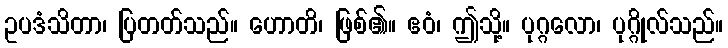
ဥပဒံသိတာ၊ ပြတတ်သည်။ ဟောတိ၊ ဖြစ်၏။ ဧဝံ၊ ဤသို့။ ပုဂ္ဂလော၊ ပုဂ္ဂိုလ်သည်။